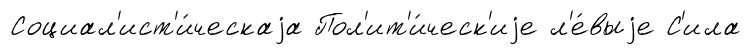
Социал'ист'и́ческаjа Пол'ит'и́ческ'иjе л'е́выjе С'ила